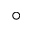
^ \circ